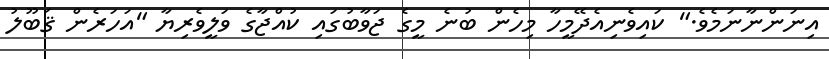
އިނަންނާނަމެވެ." ކައިވެނިއެދޭމީހާ މިހެން ބުނެ މީގެ ޖަވާބުގައި ކުއްޖާގެ ވަލީވެރިޔާ "އަހަރެން ޤަބޫލު